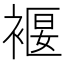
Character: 褗